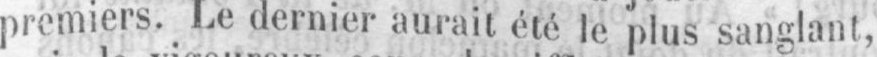
premiers. Le dernier aurait été le plus sanglant,